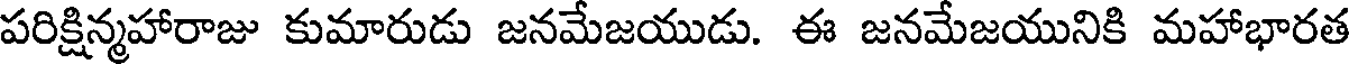
పరిక్షిన్మహారాజు కుమారుడు జనమేజయుడు. ఈ జనమేజయునికి మహాభారత